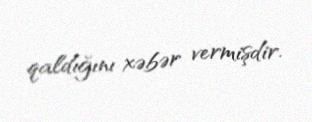
qaldığını xəbər vermişdir.